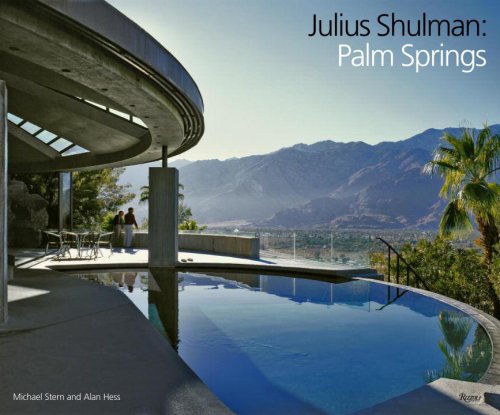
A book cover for Julius Shulman: Palm Springs; Michael Stern; Arts & Photography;